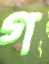
গ